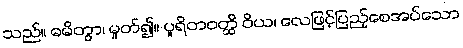
သည်။ ဓမိတွာ၊ မှုတ်၍။ ပူရိတဝတ္ထိ ဝိယ၊ လေဖြင့်ပြည့်စေအပ်သော